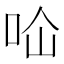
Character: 𭇔